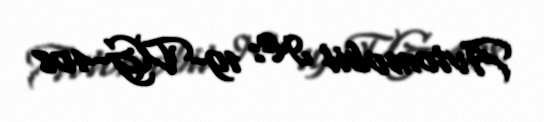
Avtomobil №: 19-VG-408